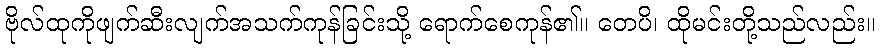
ဗိုလ်ထုကိုဖျက်ဆီးလျက်အသက်ကုန်ခြင်းသို့ ရောက်စေကုန်၏။ တေပိ၊ ထိုမင်းတို့သည်လည်း။